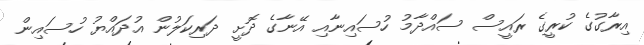
އިރާގުގެ ކުރީގެ ރައީސް ސައްދާމު ހުސައިނާއި އޭނާގެ ދޮށީ ދަރިކަލުން އުދައްޔު ހުސައިން